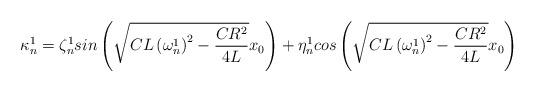
LaTeX: \begin{align*}\kappa_{n}^{1}=\zeta_{n}^{1}sin\left(\sqrt{CL\left(\omega_{n}^{1}\right)^{2}-\frac{CR^{2}}{4L}}x_{0}\right)+\eta_{n}^{1}cos\left(\sqrt{CL\left(\omega_{n}^{1}\right)^{2}-\frac{CR^{2}}{4L}}x_{0}\right)\end{align*}